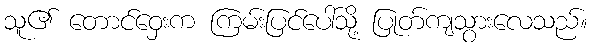
သူ၏ တောင်ဝှေးက ကြမ်းပြင်ပေါ်သို့ ပြုတ်ကျသွားလေသည်။